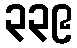
၃၃၉